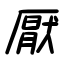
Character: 厭